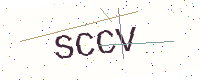
Text: SCCV